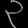
Digit: ၃